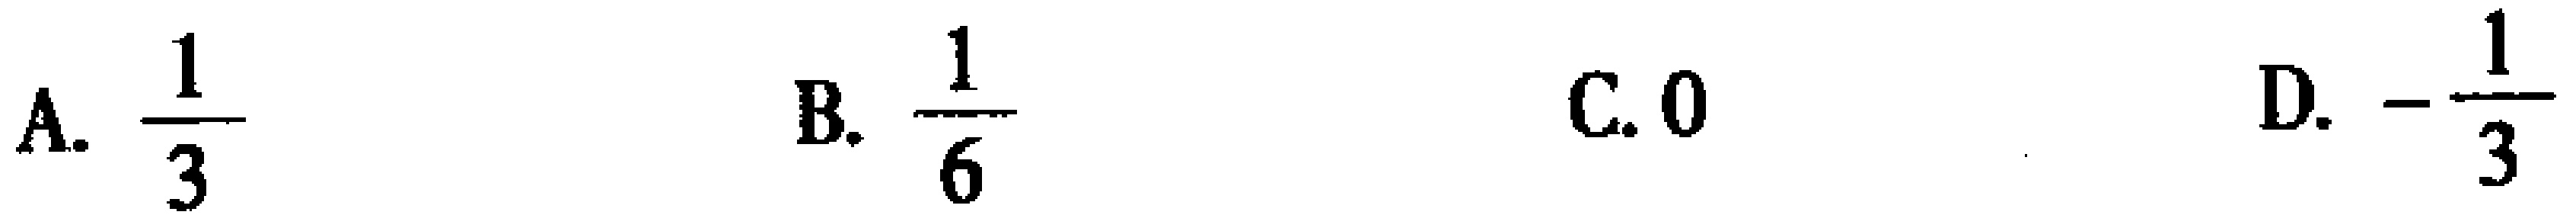
A. $\frac{1}{3}$  B. $\frac{1}{6}$  C. $0$  D. $-\frac{1}{3}$